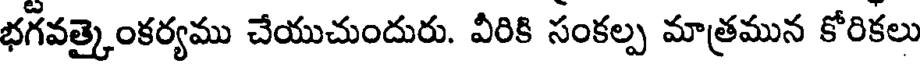
భగవత్కైంకర్యము చేయుచుందురు. వీరికి సంకల్ప మాత్రమున కోరికలు